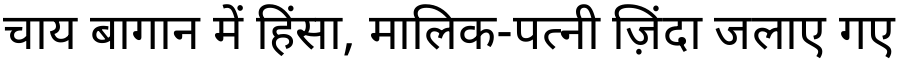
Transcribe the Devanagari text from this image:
चाय बागान में हिंसा, मालिक-पत्नी ज़िंदा जलाए गए